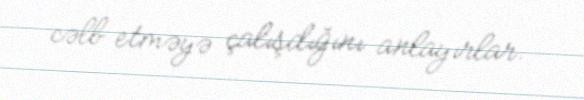
cəlb etməyə çalışdığını anlayırlar.